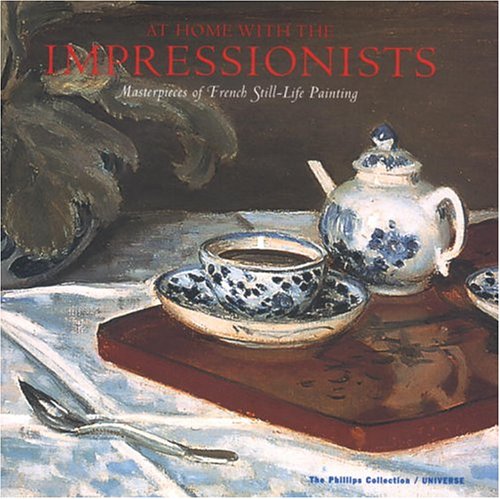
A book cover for At Home With the Impressionists: Masterpieces of French Still-Life Painting; Jeffrey E. Thompson; Arts & Photography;